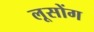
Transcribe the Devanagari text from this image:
लूसोंग